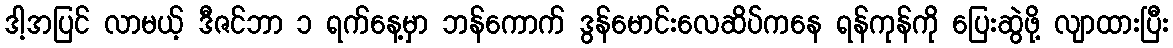
ဒါ့အပြင် လာမယ့် ဒီဇင်ဘာ ၁ ရက်နေ့မှာ ဘန်ကောက် ဒွန်မောင်းလေဆိပ်ကနေ ရန်ကုန်ကို ပြေးဆွဲဖို့ လျာထားပြီး